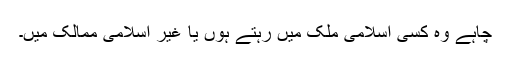
چاہے وہ کسی اسلامی ملک میں رہتے ہوں یا غیر اسلامی ممالک میں۔